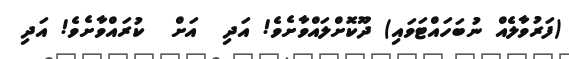
(ފަރުވާލެއް ނުބަހައްޓަވައި) ދޫކޮށްލައްވާށެވެ! އަދި  އަށް  ކުރައްވާށެވެ! އަދި